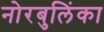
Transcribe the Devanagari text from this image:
नोरबुलिंका